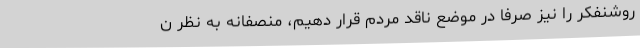
روشنفکر را نیز صرفا در موضع ناقد مردم قرار دهیم، منصفانه به نظر ن